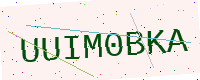
Text: UUIM0BKA